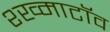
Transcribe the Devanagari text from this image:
श्ख्माटॉव